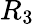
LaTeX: R_{3}